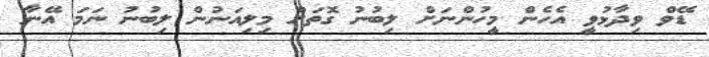
ޑޭވް ވިދާާޅުވީ އެހެން މީހުންނަށް ލިބުނު ގޮތަށް މިލިއަނުން ލިބުނު ނަމަ އޭނާ